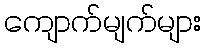
ကျောက်မျက်များ